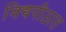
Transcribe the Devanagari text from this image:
विद्यपीठात